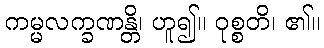
ကမ္မလက္ခဏန္တိ၊ ဟူ၍။ ဝုစ္စတိ၊ ၏။